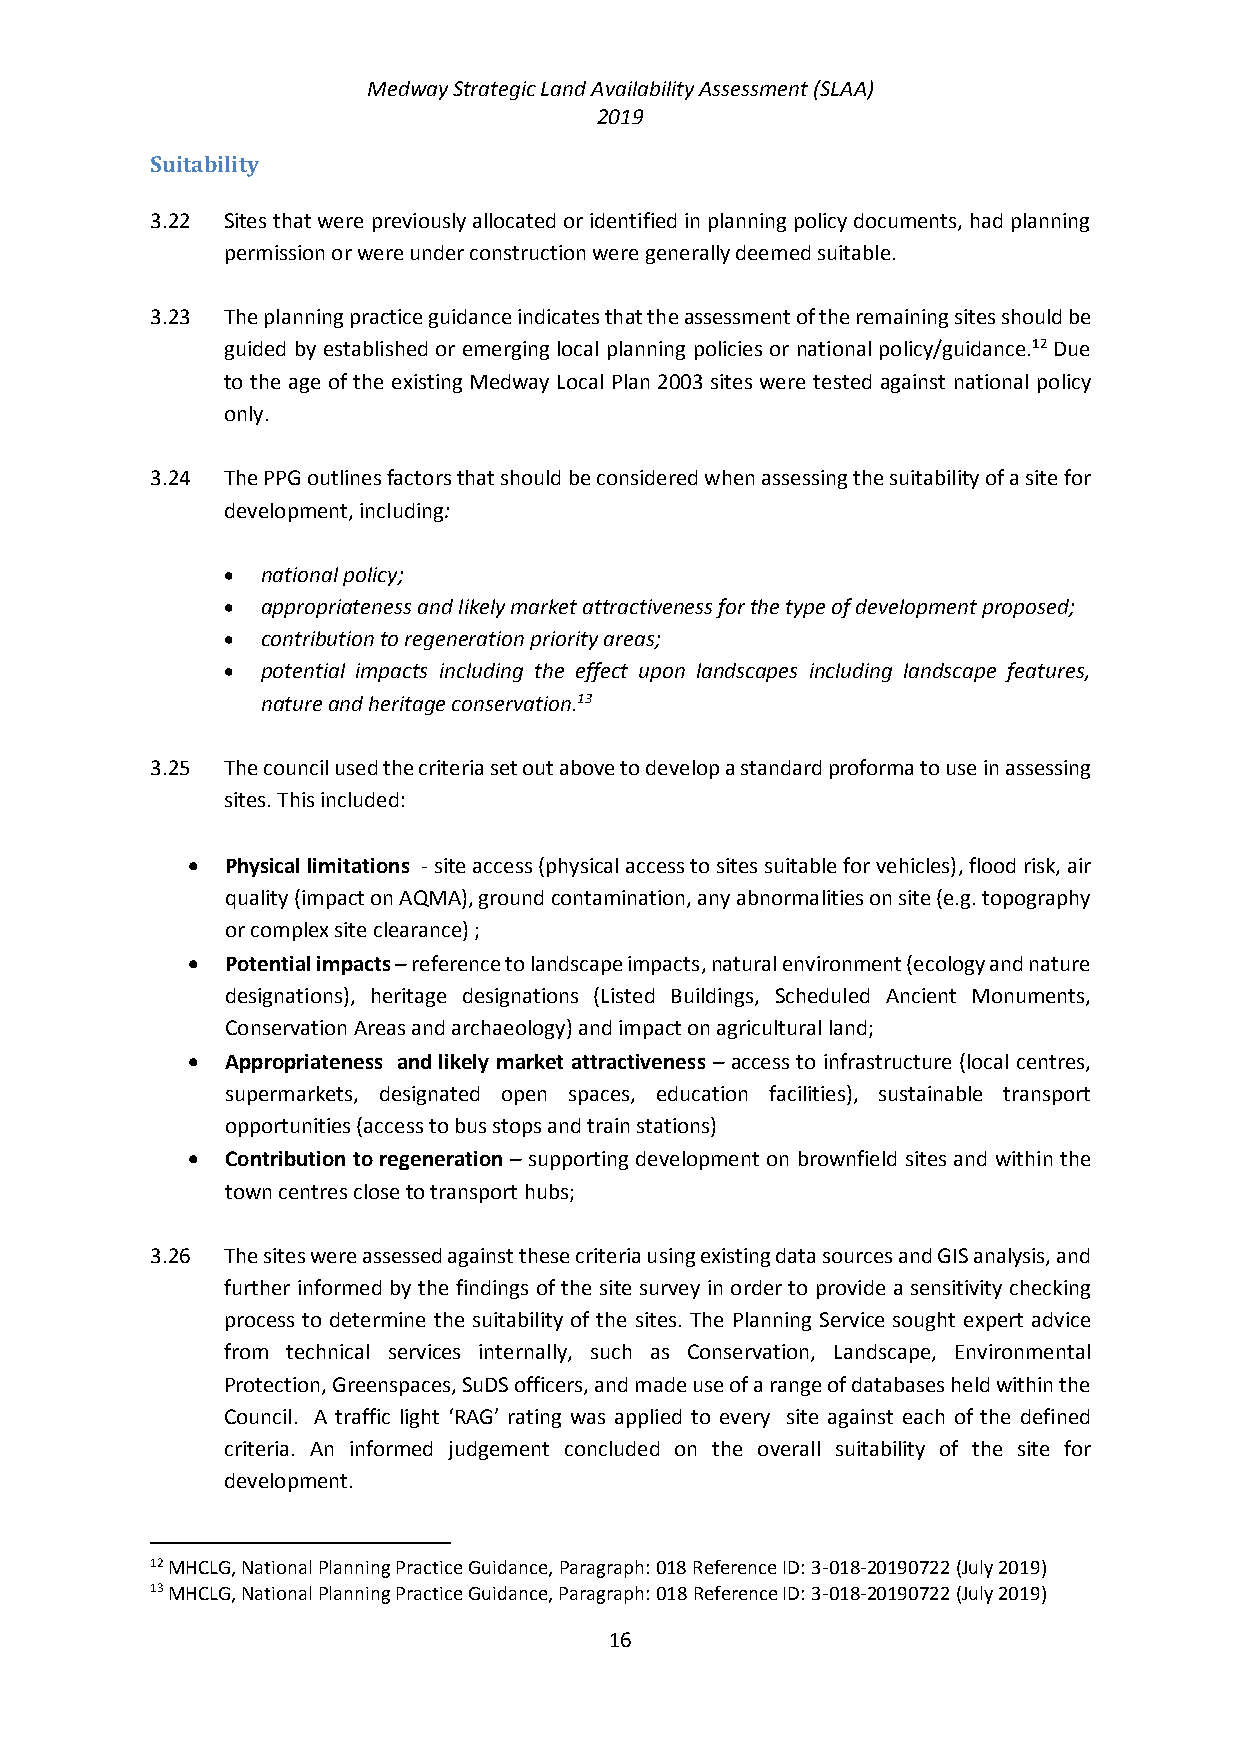
Medway Strategic Land Availability Assessment (SLAA)
 2019
 Suitability
 3.22 Sites that were previously allocated or identified in planning policy documents, had planning
 permission or were under construction were generally deemed suitable.
 3.23 The planning practice guidance indicates that the assessment of the remaining sites should be
 guided by established or emerging local planning policies or national policy/guidance.12 Due
 to the age of the existing Medway Local Plan 2003 sites were tested against national policy
 only.
 3.24 The PPG outlines factors that should be considered when assessing the suitability of a site for
 development, including:
  national policy;
  appropriateness and likely market attractiveness for the type of development proposed;
  contribution to regeneration priority areas;
  potential impacts including the effect upon landscapes including landscape features,
 nature and heritage conservation.13
 3.25 The council used the criteria set out above to develop a standard proforma to use in assessing
 sites. This included:
   Physical limitations - site access (physical access to sites suitable for vehicles), flood risk, air
 quality (impact on AQMA), ground contamination, any abnormalities on site (e.g. topography
 or complex site clearance) ;
   Potential impacts – reference to landscape impacts, natural environment (ecology and nature
 designations), heritage designations (Listed Buildings, Scheduled Ancient Monuments,
 Conservation Areas and archaeology) and impact on agricultural land;
   Appropriateness and likely market attractiveness – access to infrastructure (local centres,
 supermarkets, designated open spaces, education facilities), sustainable transport
 opportunities (access to bus stops and train stations)
   Contribution to regeneration – supporting development on brownfield sites and within the
 town centres close to transport hubs;
 3.26 The sites were assessed against these criteria using existing data sources and GIS analysis, and
 further informed by the findings of the site survey in order to provide a sensitivity checking
 process to determine the suitability of the sites. The Planning Service sought expert advice
 from technical services internally, such as Conservation, Landscape, Environmental
 Protection, Greenspaces, SuDS officers, and made use of a range of databases held within the
 Council. A traffic light ‘RAG’ rating was applied to every site against each of the defined
 criteria. An informed judgement concluded on the overall suitability of the site for
 development.
 12 MHCLG, National Planning Practice Guidance, Paragraph: 018 Reference ID: 3-018-20190722 (July 2019)
 13 MHCLG, National Planning Practice Guidance, Paragraph: 018 Reference ID: 3-018-20190722 (July 2019)
 16